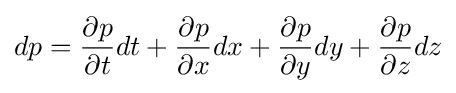
dp={\frac {\partial p}{\partial t}}dt+{\frac {\partial p}{\partial x}}dx+{\frac {\partial p}{\partial y}}dy+{\frac {\partial p}{\partial z}}dz